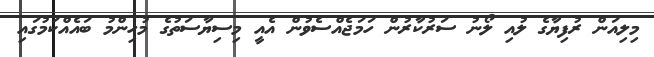
މިލިއަން ރުފިޔާގެ ލުއި ލޯނު ސަރުކާރުން ހަމަޖެއްސެވުން އެއީ މިސިޔާސަތުގެ މުހިންމު ބައެއްކަމުގައި